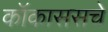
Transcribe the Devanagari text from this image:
कॉकाससचे